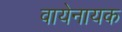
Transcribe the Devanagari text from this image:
वायेनायक